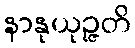
နာနုယုဉ္ဇတိ